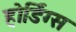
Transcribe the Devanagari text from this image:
होर्डिग्स